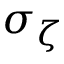
\sigma _ { \zeta }